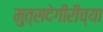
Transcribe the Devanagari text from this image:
मुत्सदेगीरीच्या